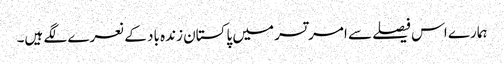
ہمارے اس فیصلے سے امرتسر میں پاکستان زندہ باد کے نعرے لگے ہیں۔